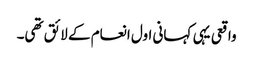
واقعی یہی کہانی اول انعام کے لائق تھی۔